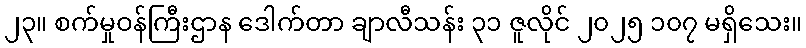
၂၃။ စက်မှုဝန်ကြီးဌာန ဒေါက်တာ ချာလီသန်း ၃၁ ဇူလိုင် ၂၀၂၅ ၁၀၇ မရှိသေး။